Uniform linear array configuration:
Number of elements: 12
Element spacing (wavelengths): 0.75
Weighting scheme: binomial
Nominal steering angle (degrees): -30
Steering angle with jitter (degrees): -29.422
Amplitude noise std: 0.05
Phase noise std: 0.05

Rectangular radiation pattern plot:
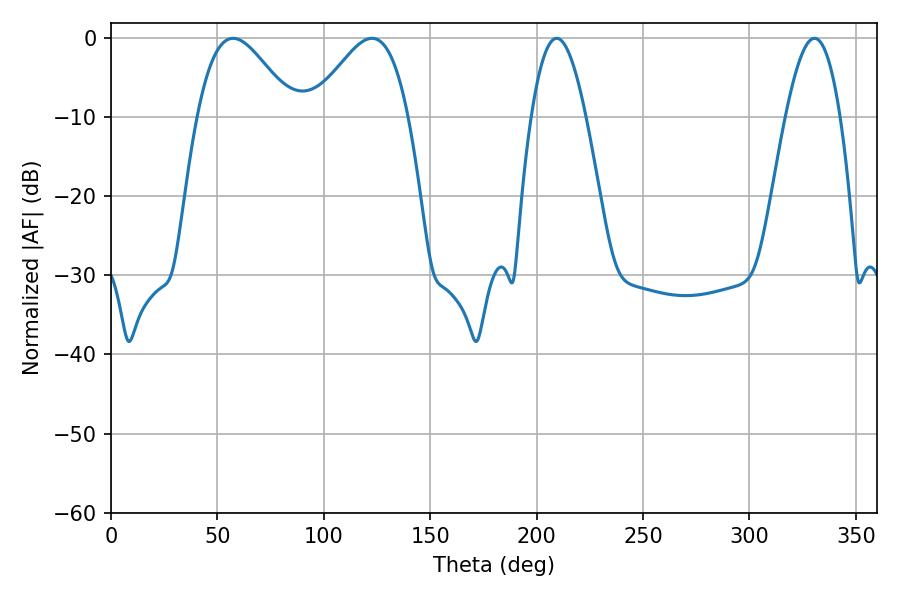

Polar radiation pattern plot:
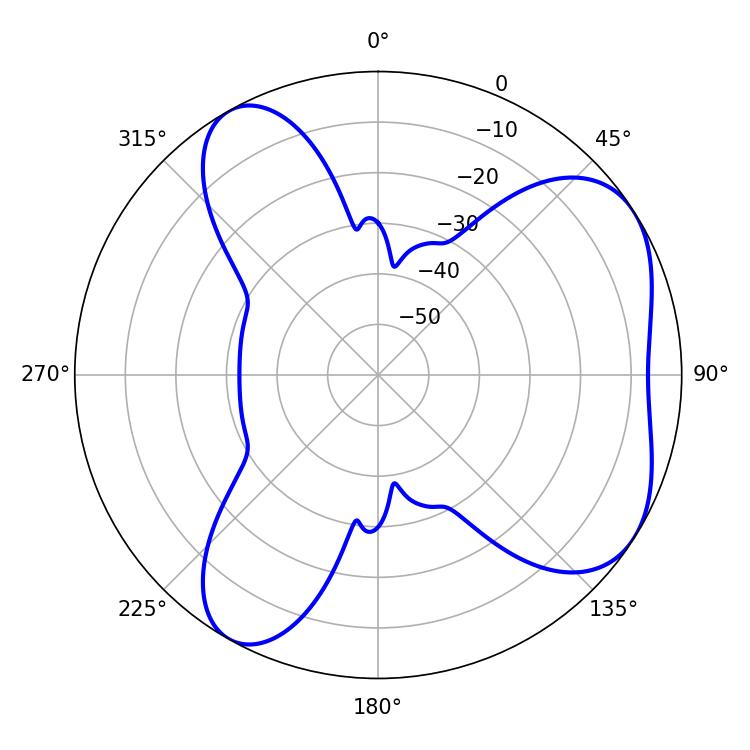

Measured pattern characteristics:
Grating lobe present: TRUE
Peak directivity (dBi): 5.545
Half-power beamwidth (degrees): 24.12
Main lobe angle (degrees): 57.42